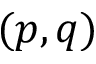
( p , q )